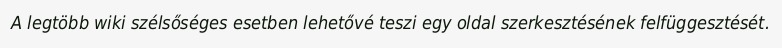
A legtöbb wiki szélsőséges esetben lehetővé teszi egy oldal szerkesztésének felfüggesztését.